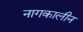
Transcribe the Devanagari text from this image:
नागकालीन